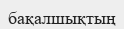
бақалшықтың